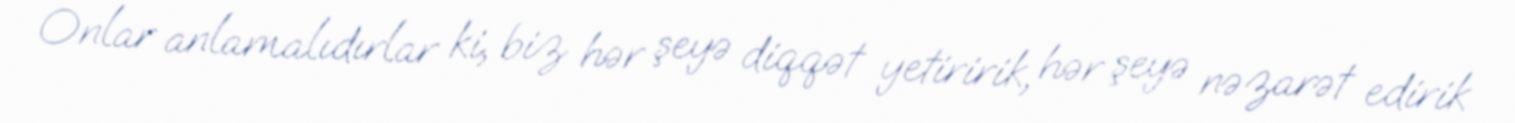
Onlar anlamalıdırlar ki, biz hər şeyə diqqət yetiririk, hər şeyə nəzarət edirik